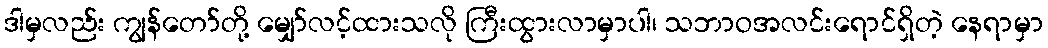
ဒါမှလည်း ကျွန်တော်တို့ မျှော်လင့်ထားသလို ကြီးထွားလာမှာပါ၊ သဘာဝအလင်းရောင်ရှိတဲ့ နေရာမှာ